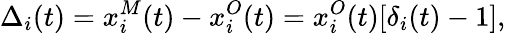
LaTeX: \Delta_{i}(t)=x_{i}^{M}(t)-x_{i}^{O}(t)=x_{i}^{O}(t)[\delta_{i}(t)-1],